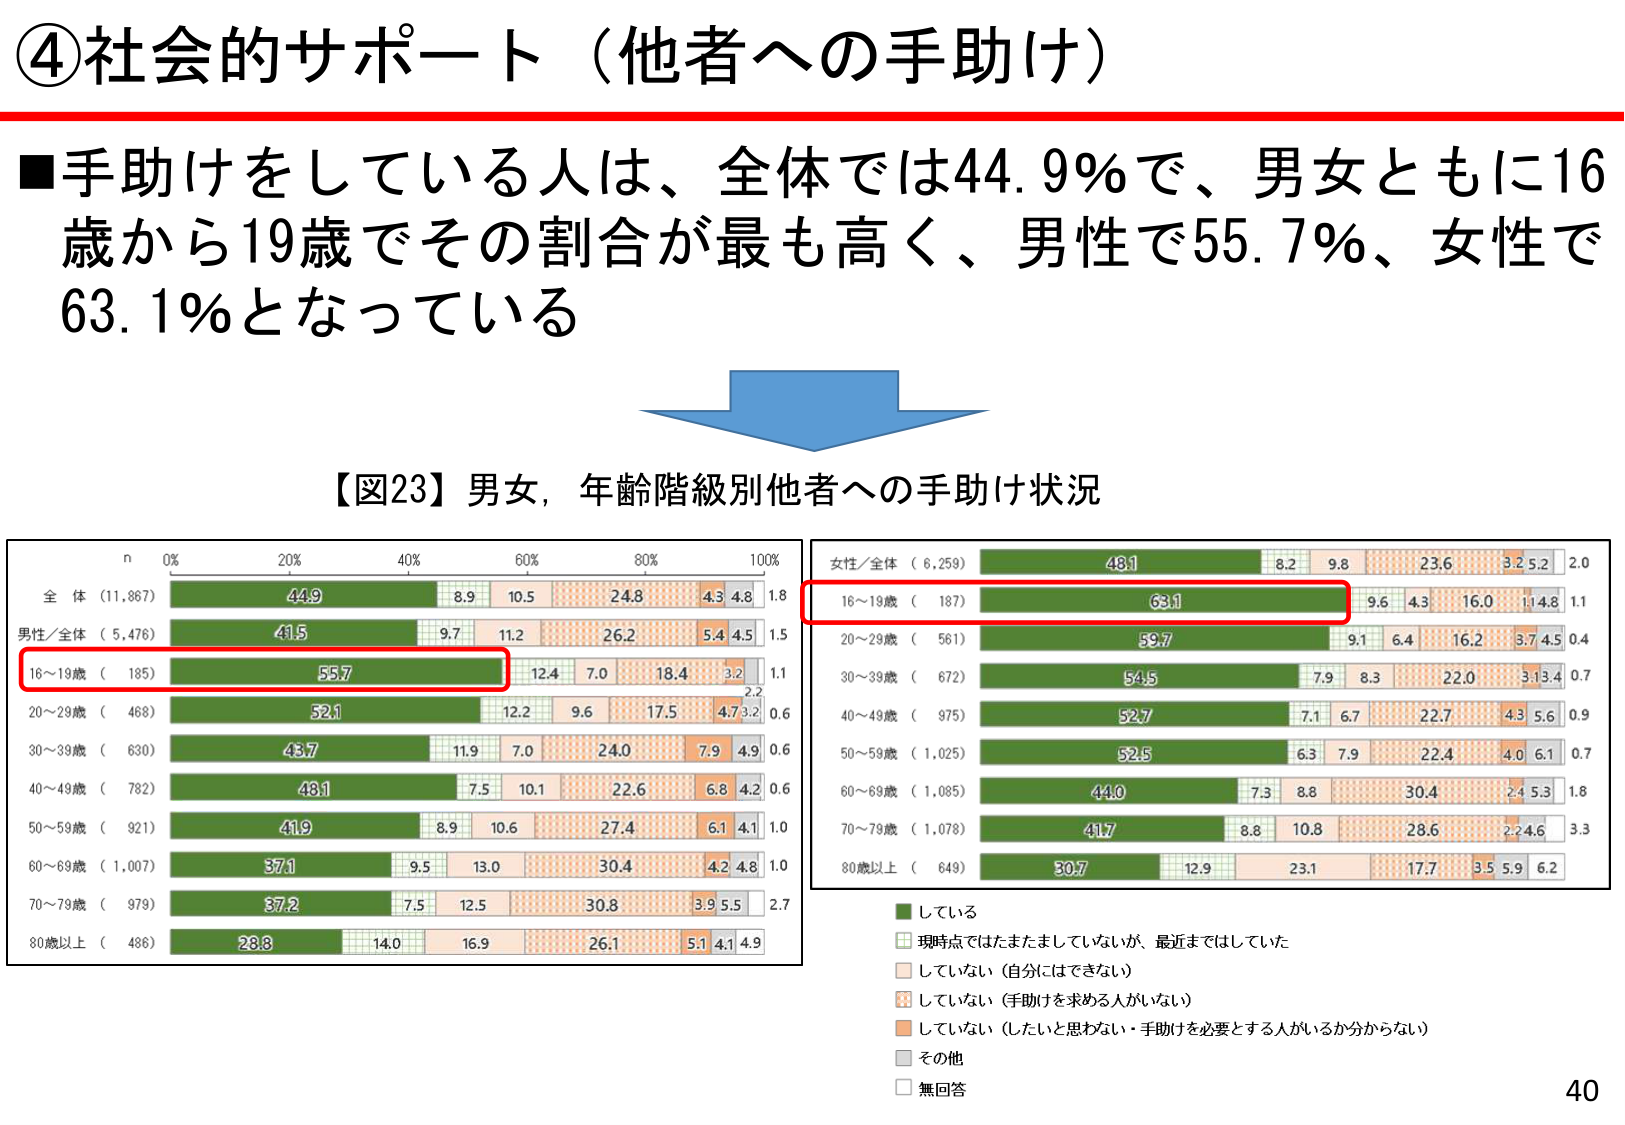
④社会的サポート（他者への手助け）

■手助けをしている人は、全体では44.9％で、男女ともに16歳から19歳でその割合が最も高く、男性で55.7％、女性で63.1％となっている

【図23】男女，年齢階級別他者への手助け状況

n 0% 20% 40% 60% 80% 100%
全体（11,867） 44.9 8.9 10.5 24.8 4.3 4.8 1.8
男性/全体（5,476） 41.5 9.7 11.2 26.2 5.4 4.5 1.5
16～19歳（185） 55.7 12.4 7.0 18.4 3.2 1.1
20～29歳（468） 52.1 12.2 9.6 17.5 4.7 3.2 0.6
30～39歳（630） 43.7 11.9 7.0 24.0 7.9 4.9 0.6
40～49歳（782） 48.1 7.5 10.1 22.6 6.8 4.2 0.6
50～59歳（921） 41.9 8.9 10.6 27.4 6.1 4.1 1.0
60～69歳（1,007） 37.1 9.5 13.0 30.4 4.2 4.8 1.0
70～79歳（979） 37.2 7.5 12.5 30.8 3.9 5.5 2.7
80歳以上（486） 28.8 14.0 16.9 26.1 5.1 4.1 4.9

女性/全体（6,259） 48.1 8.2 9.8 23.6 3.2 5.2 2.0
16～19歳（187） 63.1 9.6 4.3 16.0 1.4 8.1 1.1
20～29歳（561） 59.7 9.1 6.4 16.2 3.7 4.5 0.4
30～39歳（672） 54.5 7.9 8.3 22.0 3.1 3.4 0.7
40～49歳（975） 52.7 7.1 6.7 22.7 4.3 5.6 0.9
50～59歳（1,025） 52.5 6.3 7.9 22.4 4.0 6.1 0.7
60～69歳（1,085） 44.0 7.3 8.8 30.4 2.4 5.3 1.8
70～79歳（1,078） 41.7 8.8 10.8 28.6 2.2 4.6 3.3
80歳以上（649） 30.7 12.9 23.1 17.7 3.5 5.9 6.2

■している
□現時点ではたまたましていないが、最近まではしていた
■していない（自分にはできない）
■していない（手助けを求める人がいない）
■していない（したいと思わない・手助けを必要とする人がいるか分からない）
■その他
□無回答

40